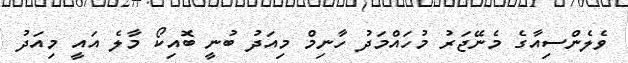
ވެލެންސިއާގެ މެނޭޖަރު މުހައްމަދު ހާނިމް މިއަދު ބުނީ ބޮއިކޯ މާލެ އައީ މިއަދު